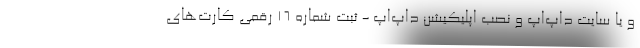
و یا سایت داپ‌اَپ و نصب اپلیکیشن داپ‌اَپ - ثبت شماره 16 رقمی کارت‌های